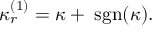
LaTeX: \kappa _ { r } ^ { ( 1 ) } = \kappa + \; \mathrm { s g n } ( \kappa ) .